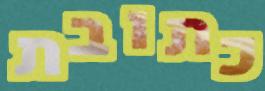
כתובת